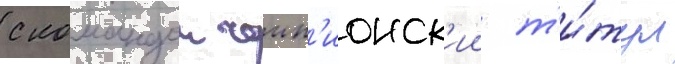
с командои чемп'ионск'ии т'и́тул